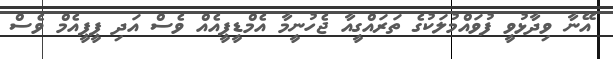
އޭނާ ވިދާޅުވީ ފުވައްމުލަކުގެ ތަރައްގީއާ ޖެހުނީމާ އެމްޑީޕީއެއް ވެސް އަދި ޕީޕީއެމް ވެސް